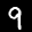
Label: 9